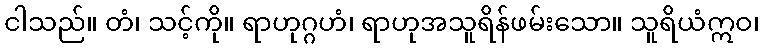
ငါသည်။ တံ၊ သင့်ကို။ ရာဟုဂ္ဂဟံ၊ ရာဟုအသူရိန်ဖမ်းသော။ သူရိယံဣဝ၊